On the standardisation of anti-typhoid vaccine - Number 21
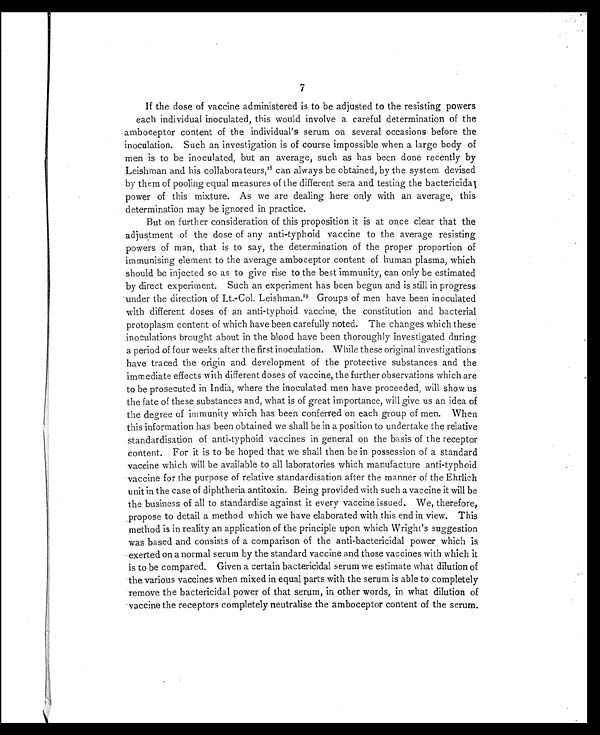
7
If the dose of vaccine administered is to be adjusted to the resisting powers
each individual inoculated, this would involve a careful determination of the
amboceptor content of the individual's serum on several occasions before the
inoculation. Such an investigation is of course impossible when a large body of
men is to be inoculated, but an average, such as has been done recently by
Leishman and his collaborateurs,18can always be obtained, by the system devised
by them of pooling equal measures of the different sera and testing the bactericidal
power of this mixture. As we are dealing here only with an average, this
determination may be ignored in practice.
But on further consideration of this proposition it is at once clear that the
adjustment of the dose of any anti-typhoid vaccine to the average resisting
powers of man, that is to say, the determination of the proper proportion of
immunising element to the average amboceptor content of human plasma, which
should be injected so as to give rise to the best immunity, can only be estimated
by direct experiment. Such an experiment has been begun and is still in progress
under the direction of Lt.-Col. Leishman. 19 Groups of men have been inoculated
with different doses of an anti-typhoid vaccine, the constitution and bacterial
protoplasm content of which have been carefully noted. The changes which these
inoculations brought about in the blood have been thoroughly investigated during
a period of four weeks after the first inoculation. While these original investigations
have traced the origin and development of the protective substances and the
immediate effects with different doses of vaccine, the further observations which are
to be prosecuted in India, where the inoculated men have proceeded, will show us
the fate of these substances and, what is of great importance, will give us an idea of
the degree of immunity which has been conferred on each group of men. When
this information has been obtained we shall be in a position to undertake the relative
standardisation of anti-typhoid vaccines in general on the basis of the receptor
content. For it is to be hoped that we shall then be in possession of a standard
vaccine which will be available to all laboratories which manufacture anti-typhoid
vaccine for the purpose of relative standardisation after the manner of the Ehrlich
unit in the case of diphtheria antitoxin. Being provided with such a vaccine it will be
the business of all to standardise against it every vaccine issued. We, therefore,
propose to detail a method which we have elaborated with this end in view. This
method is in reality an application of the principle upon which Wright's suggestion
was based and consists of a comparison of the anti-bactericidal power which is
exerted on a normal serum by the standard vaccine and those vaccines with which it
is to be compared. Given a certain bactericidal serum we estimate what dilution of
the various vaccines when mixed in equal parts with the serum is able to completely
remove the bactericidal power of that serum, in other words, in what dilution of
vaccine the receptors completely neutralise the amboceptor content of the serum.